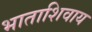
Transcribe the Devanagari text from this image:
भाताशिवाय